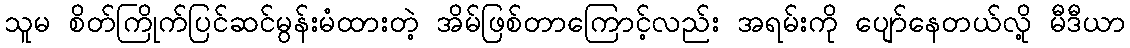
သူမ စိတ်ကြိုက်ပြင်ဆင်မွန်းမံထားတဲ့ အိမ်ဖြစ်တာကြောင့်လည်း အရမ်းကို ပျော်နေတယ်လို့ မီဒီယာ